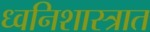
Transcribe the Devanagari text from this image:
ध्वनिशास्त्रात